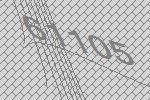
61105